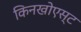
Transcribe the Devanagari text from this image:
किनखोएस्ट